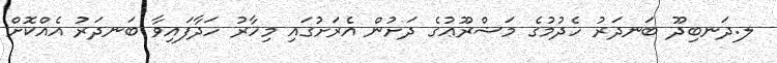
ލ.ދަނބިދޫ ބަނދަރު ހެދުމުގެ މަޝްރޫޢުގެ ދަށުން އެރަށުގައި މިހާރު ހަދާފައިވާ ބަނދަރު އެއްކޮށް